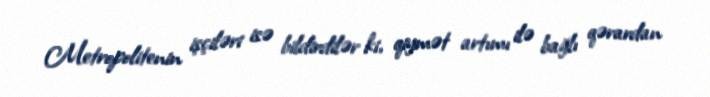
Metropolitenin işçiləri isə bildirdilər ki, qiymət artımı ilə bağlı qərardan